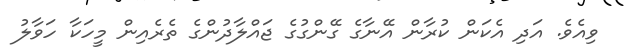
ވިއެވެ. އަދި އެކަން ކުރާން އޭނާގެ ގޭންގުގެ ޖައްލާދުންގެ ތެރެއިން މީހަކާ ހަވާލު